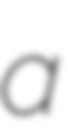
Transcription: a